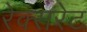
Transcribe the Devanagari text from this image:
रेक्सरेट